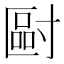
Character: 𡬿